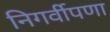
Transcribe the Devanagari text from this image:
निगर्वीपणा